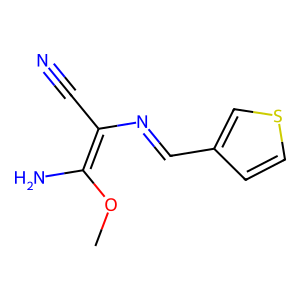
SMILES: COC(N)=C(C#N)N=Cc1ccsc1
Inhibits HIV replication: No